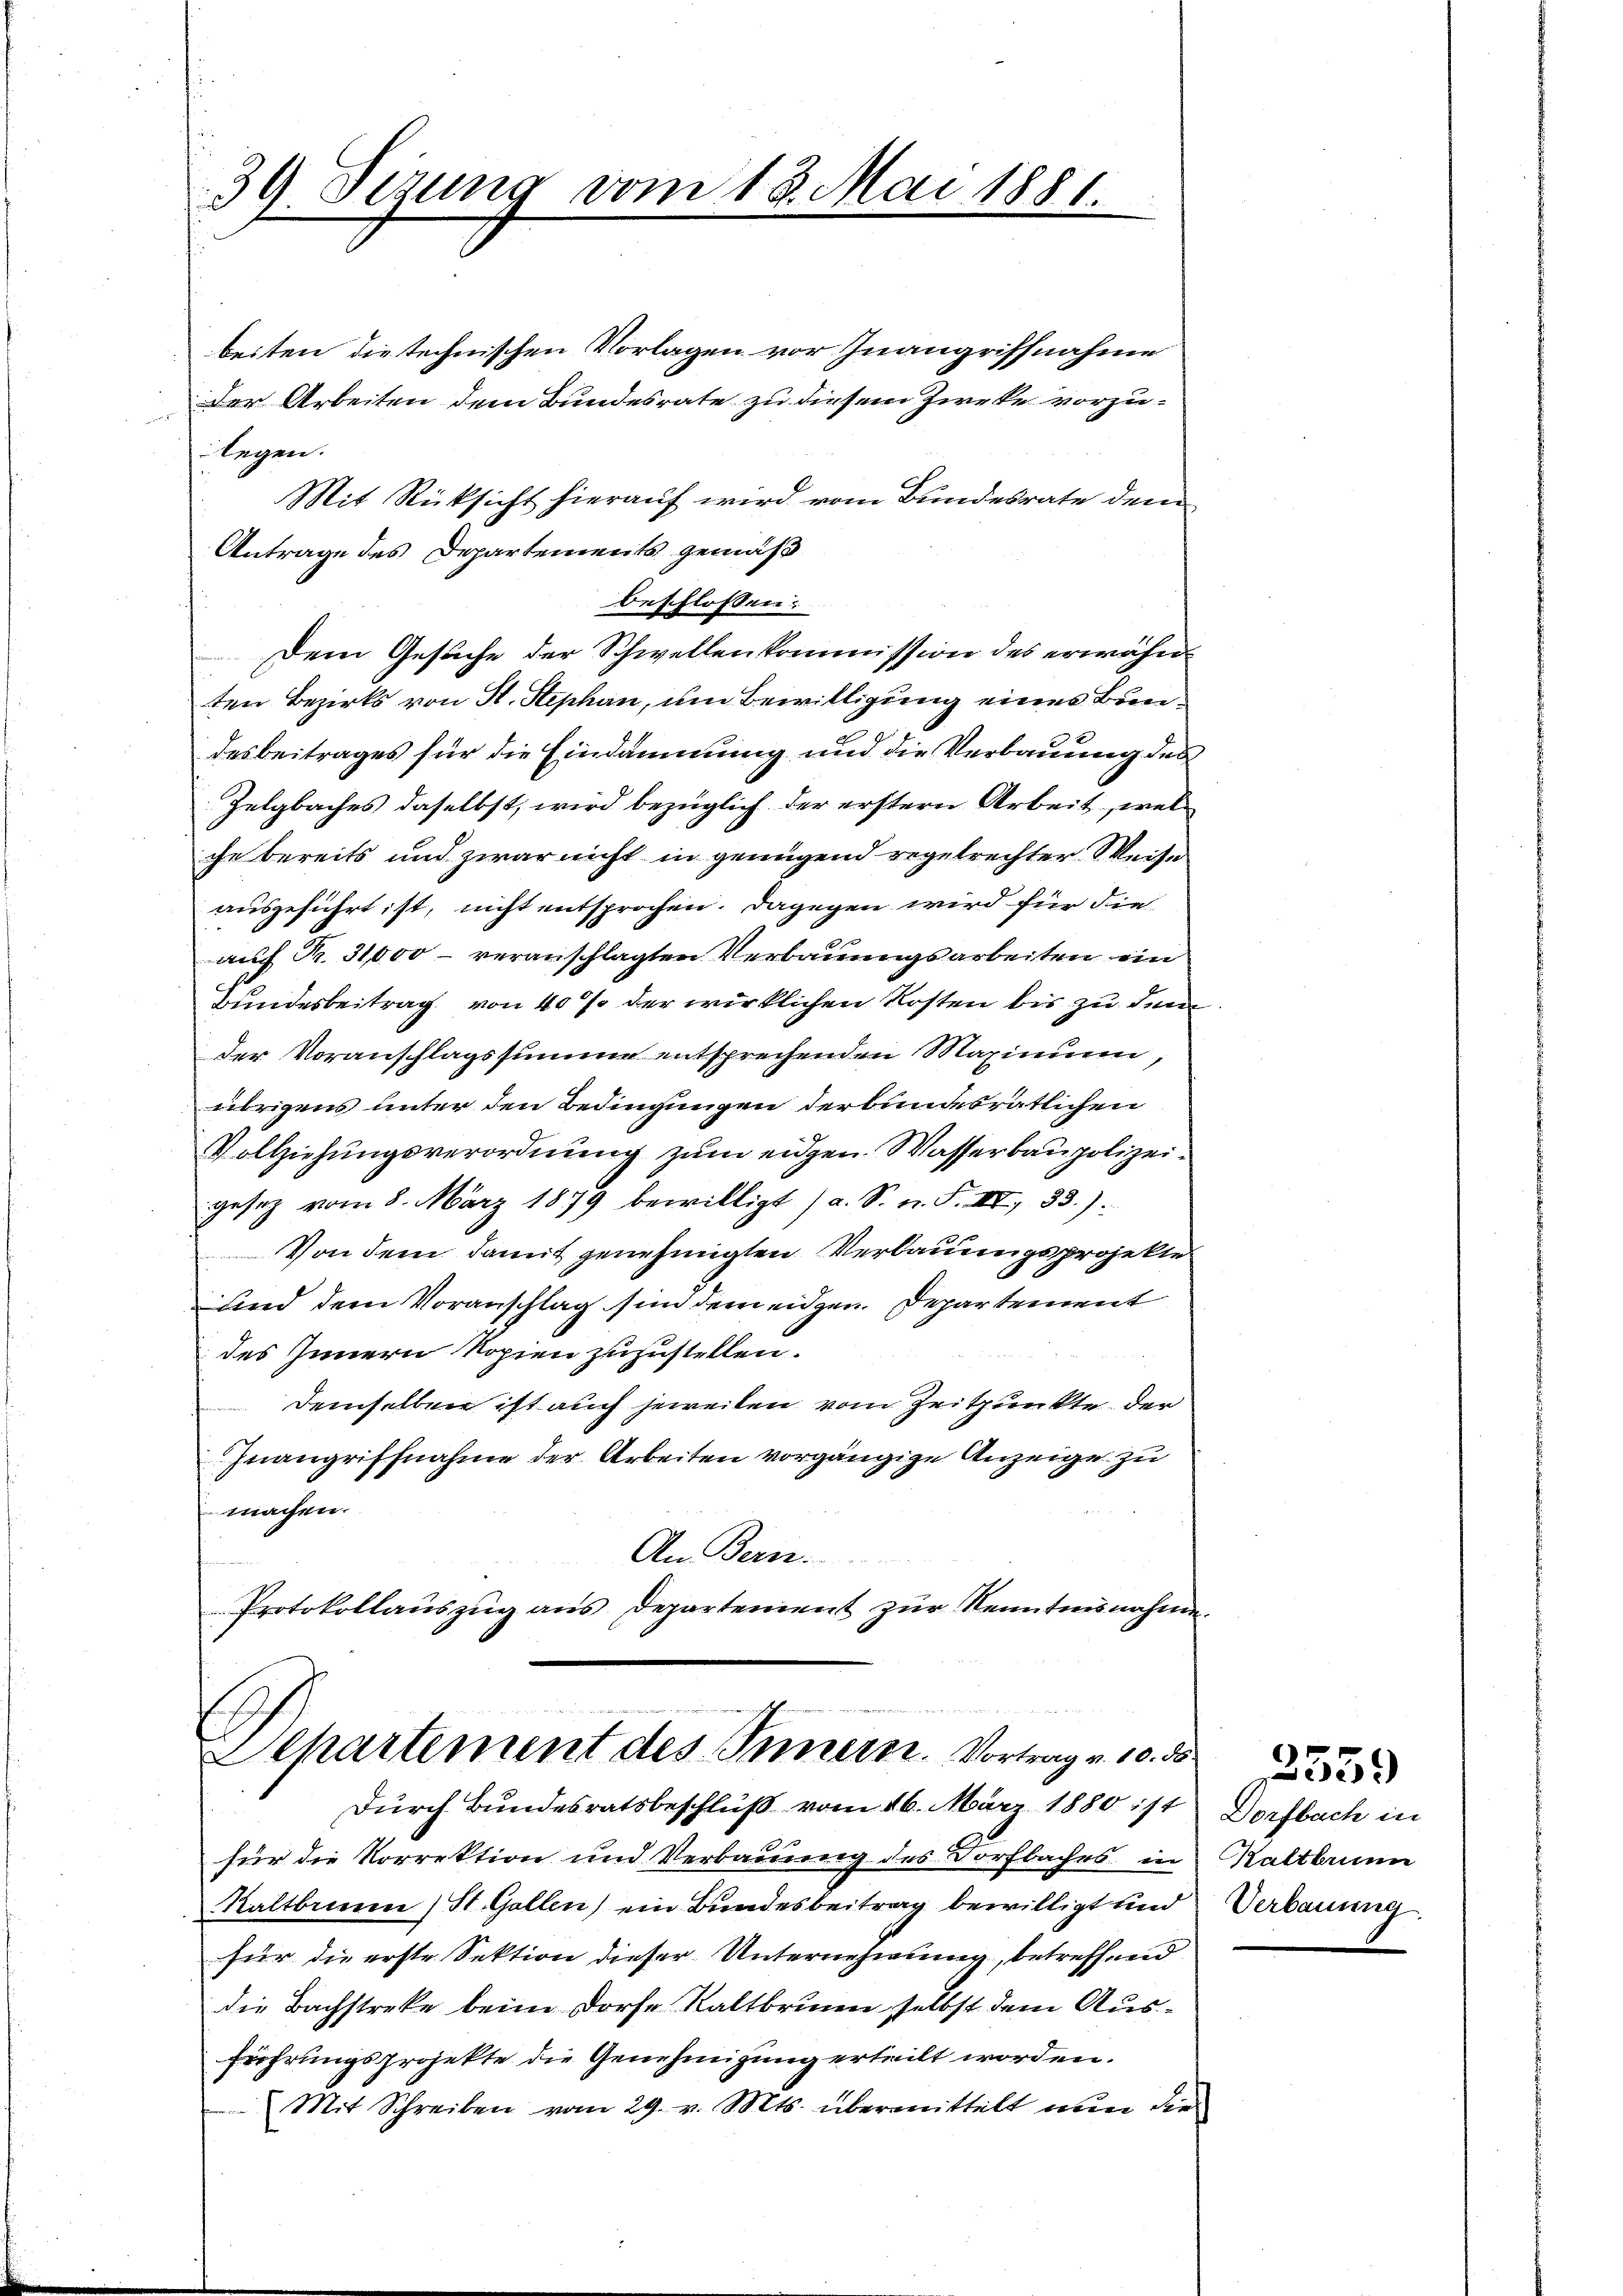
39. Sezung vom 18. Mai 1881.

beiten die technischen Vorlagen vor Inangriffnahme
Der Arbeiten dem Bundesrate zu diesem Zwecke vorzulegen.
Mit Rücksicht hierauf wird vom Bundesrate dem
Antrage des Departements gemäß
beschlossen:
Dem Gesuche der Schwellenskommission des erwähnten Bezirks von St. Stephan, um Bewilligung eines Breidesbeitrages für die Eindammung und die Verbauung des
Zelgbaches daselbst, wird bezüglich der erstern Arbeit, welche bereits und zwar nicht in genügend regelrechter Weise
ausgeführt ist, nicht entsprochen. Dagegen wird für die
2
auf Nr. 31,000 - veranschlagten Verbauungsarbeiten ein
Bundesbeitrag von 40% der wirklichen Kosten bis zu dem
der Voranschlagssumme entsprechenden Maximum,
übrigens unter den Bedingungen derbundesrätlichen
Vollziehungsverordnung zum eidgen. Wasserbaupolizeigesetz vom 8. März 1879 bewilligt (a. S. n. F. III 33.).
Von dem damit genehmigten Verbauungsprojekte
sind dem Voranschlag sind dem eidgen. Departement
des Innern Kopien zuzustellen.
demselben ist auch jeweilen vom Zeitpunkte der
Inangriffnahme der Arbeiten vorgängige Anzeige zu
machen.
An Bern.
Protokollauszug aus Departement zur Kenntnisnahme.

Separtement des Innern. Vortrag v. 10. 55
Durch Bundesratsbeschluß vom 16. März 1880 ist Dorfbach in

für die Korrektion und Verbauung des Dorfbaches in Kaltbrunn
Kaltbrunn, St. Gallen) ein Bundesbeitrag bewilligt und
für die erste Sektion dieser Unternehmung, betreffend
die Bachstreke beim Dorfe Kaltbrunn selbst dem Ausführungsprojekte die Genehmigung erteilt worden.
Mit Schreiben vom 29. v. Mts. übermittelt nun die

Verbauung

2559